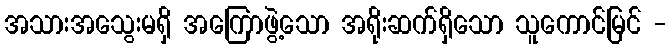
အသားအသွေးမရှိ အကြောဖွဲ့သော အရိုးဆက်ရှိသော သူကောင်မြင် -